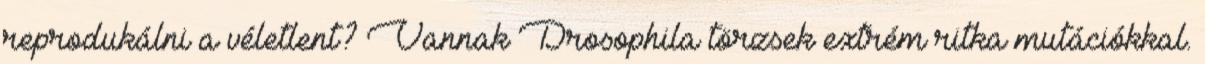
reprodukálni a véletlent? Vannak Drosophila törzsek extrém ritka mutációkkal.